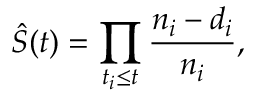
\hat { S } ( t ) = \prod _ { t _ { i } \le t } \frac { n _ { i } - d _ { i } } { n _ { i } } ,